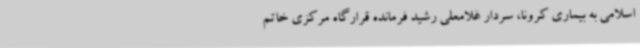
اسلامی به بیماری کرونا، سردار غلامعلی رشید فرمانده قرارگاه مرکزی خاتم